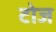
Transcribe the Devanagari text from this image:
टोज